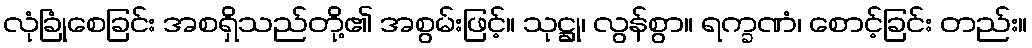
လုံခြုံစေခြင်း အစရှိသည်တို့၏ အစွမ်းဖြင့်။ သုဋ္ဌု၊ လွန်စွာ။ ရက္ခဏံ၊ စောင့်ခြင်း တည်း။